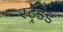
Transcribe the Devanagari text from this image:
स्ट्रेंडेड